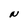
Character: N